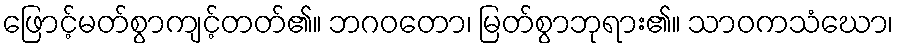
ဖြောင့်မတ်စွာကျင့်တတ်၏။ ဘဂဝတော၊ မြတ်စွာဘုရား၏။ သာဝကသံဃော၊